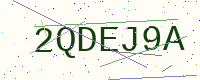
Text: 2QDEJ9A